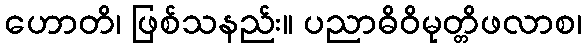
ဟောတိ၊ ဖြစ်သနည်း။ ပညာဓိဝိမုတ္တိဖလာစ၊